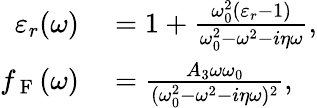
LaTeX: \begin{array}{rl}{\varepsilon_{r}(\omega)}&{{}=1+\frac{\omega_{0}^{2}(\varepsilon_{r}-1)}{\omega_{0}^{2}-\omega^{2}-i\eta\omega},}\\ {f_{\mathrm{~F~}}(\omega)}&{{}=\frac{A_{3}\omega\omega_{0}}{(\omega_{0}^{2}-\omega^{2}-i\eta\omega)^{2}},}\end{array}